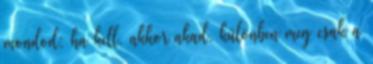
mondod: ha kell, akkor akad, különben meg csak a